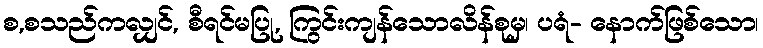
စ,စသည်ကလျှင်, စီရင်မပြု, ကြွင်းကျန်သောလိန်စုမှ၊ ပရံ- နောက်ဖြစ်သော၊